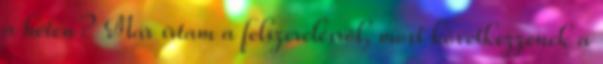
a héten? Már írtam a felszerelésről, most következzenek a